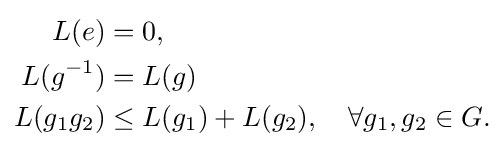
{\begin{aligned}L(e)&=0,\\L(g^{-1})&=L(g)\\L(g_{1}g_{2})&\leq L(g_{1})+L(g_{2}),\quad \forall g_{1},g_{2}\in G.\end{aligned}}